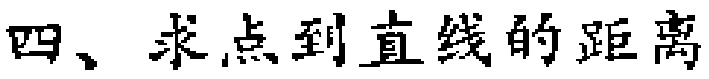
四、求点到直线的距离